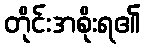
တိုင်းအစိုးရ၏